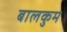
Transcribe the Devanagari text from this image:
बालकुम